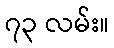
၇၃ လမ်း။